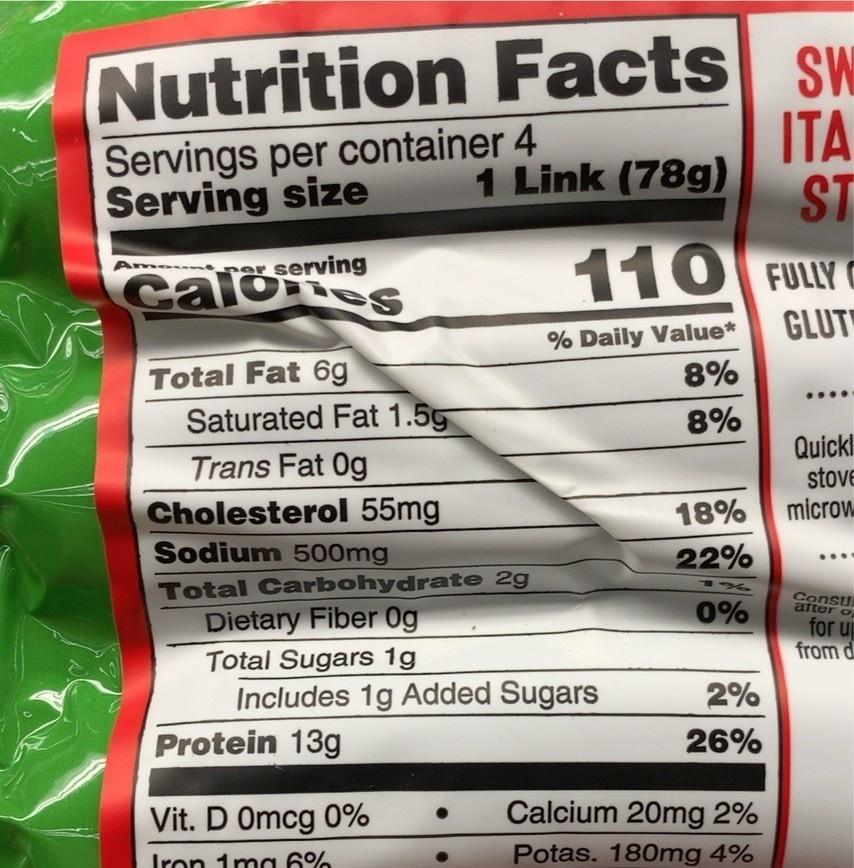
Nutrition Facts sw ITA 1 Link (78g) ST
Servings per container 4 Serving size
rer serving caloes
110 FULLY C
Am -
GLUT
% Daily Value*
Total Fat 6g Saturated Fat 1.5g
8%
8%
Quickl stove microw
Trans Fat 0g
Cholesterol 55mg Sodium 500mg
18%
22%
Total Carbohydrate 2g Dietary Fiber 0g Total Sugars 1g Includes 1g Added Sugars
1 %.
0%
Consu after o
for up from d
2%
Protein 13g
26%
Vit. D Omcg 0%
Calcium 20mg 2%
Iron 1ma 6%
Potas. 180mg 4%